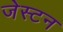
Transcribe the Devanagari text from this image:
जेस्टन